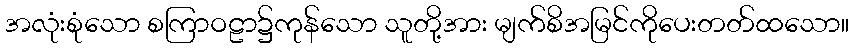
အလုံးစုံသော စကြာဝဠာ၌ကုန်သော သူတို့အား မျက်စိအမြင်ကိုပေးတတ်ထသော။